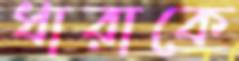
ধারাকে